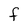
Character: f